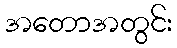
အတောအတွင်း